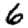
Digit: 6